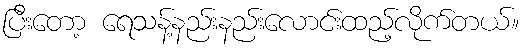
ပြီးတော့ ရေသန့်နည်းနည်းလောင်းထည့်လိုက်တယ်။